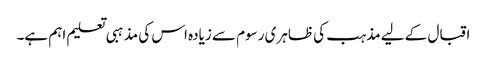
اقبال کے لیے مذہب کی ظاہری رسوم سے زیادہ اس کی مذہبی تعلیم اہم ہے۔